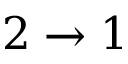
2 \rightarrow 1